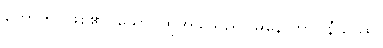
ဟောတိ၊ ဖြစ်၏။ သော၊ ထိုအခါသည်။ မနောဘာဝနီယဿ၊